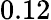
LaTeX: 0.12